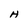
Character: H